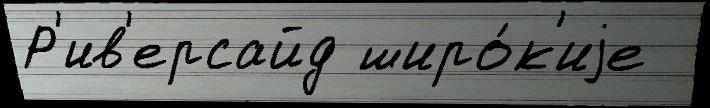
Р'ив'ерсайд широ́к'иjе